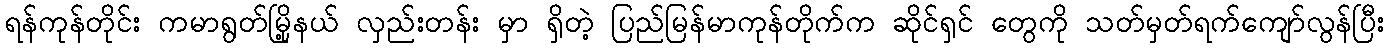
ရန်ကုန်တိုင်း ကမာရွတ်မြို့နယ် လှည်းတန်း မှာ ရှိတဲ့ ပြည်မြန်မာကုန်တိုက်က ဆိုင်ရှင် တွေကို သတ်မှတ်ရက်ကျော်လွန်ပြီး